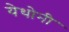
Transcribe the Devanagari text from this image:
येथोनी